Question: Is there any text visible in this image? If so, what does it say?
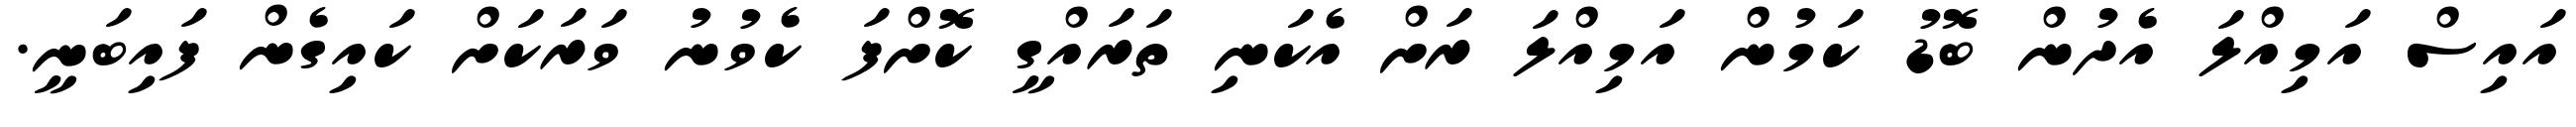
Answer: އައިސް އަމިއްލަ އެދުން ބޮޑު ކަމުން އަމިއްލަ ރަށް އެކަނި ތަރައްގީ ކޮށްފަ ކެވުނު ވަރަކަށް ކައިގެން ފައިބަނީ.